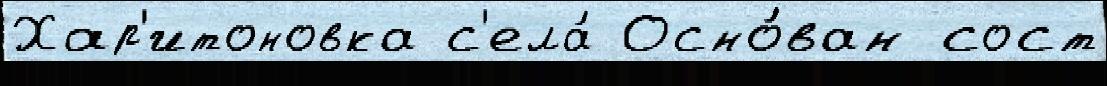
Хар'итоновка с'ела́ Осно́ван сост